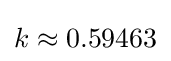
k\approx 0.59463